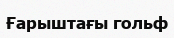
Ғарыштағы гольф